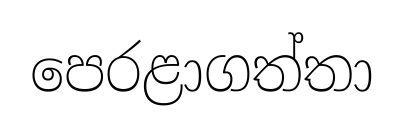
පෙරළාගත්තා